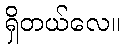
ရှိတယ်လေ။